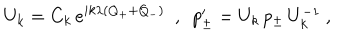
LaTeX: U _ { k } = C _ { k } \, e ^ { i k \lambda ( Q _ { + } + Q _ { - } ) } \ \ , \ \ p _ { \pm } ^ { \prime } = U _ { k } \, p _ { \pm } \, U _ { k } ^ { - 1 } \ ,